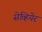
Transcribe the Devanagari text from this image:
सेव्हियेर